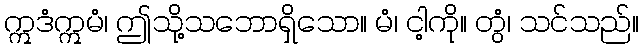
ဣဒံဣမံ၊ ဤသို့သဘောရှိသော။ မံ၊ ငါ့ကို။ တွံ၊ သင်သည်။